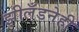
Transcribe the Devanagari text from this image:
झीलँडनेही